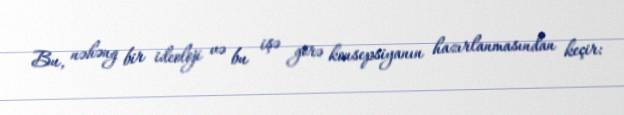
Bu, nəhəng bir ideoloji və bu işə görə konsepsiyanın hazırlanmasından keçir: